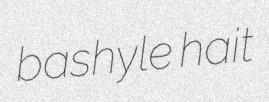
bashyle hait